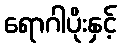
ရောဂါပိုးနှင့်